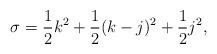
LaTeX: \begin{align*}\sigma=\frac{1}{2}k^{2}+\frac{1}{2}(k-j)^{2}+\frac{1}{2}j^{2},\end{align*}